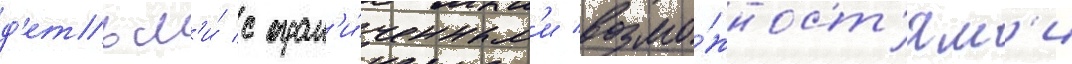
д'етьм'и́ с огран'и́ченным'и возмо́жност'ям'и